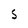
Character: S